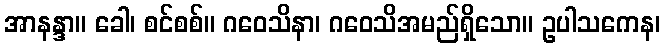
အာနန္ဒာ။ ခေါ၊ စင်စစ်။ ဂဝေသိနာ၊ ဂဝေသိအမည်ရှိသော။ ဥပါသကေန၊